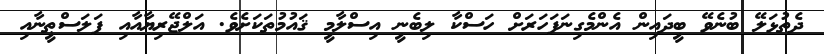
ދެތުޅަލޭ ބުނެވޭ ބީދައިން އެންމެގިނަފަހަރަށް ހަސްކާ ލިބެނީ އިސްލާމީ ޤައުމުތަކަށެވެ. އަލްޖޭރިޔާއާއި ފަލަސްޠީނާއި